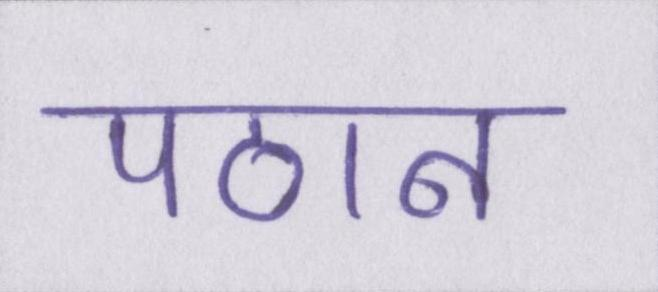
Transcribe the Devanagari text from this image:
पठान